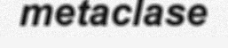
metaclase